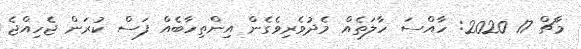
މާޗް 17 2020: ހާއްސަ ހާލަތެއް މެދުވެރިވެގެން އިންތިހާބެއް ފަސް ކުރަން ޖެހިއްޖެ